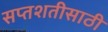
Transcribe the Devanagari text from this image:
सप्तशतीसाठी